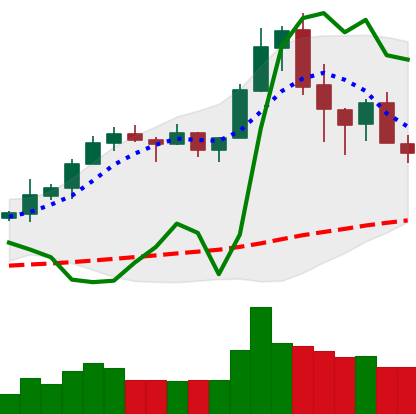
Ticker: XRP-USD
Chart end date: 2020-02-20
Forward return: -6.969%
Label: down_5_7